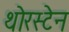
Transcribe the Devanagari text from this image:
थोरस्टेन